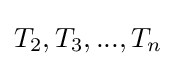
T_{2},T_{3},...,T_{n}